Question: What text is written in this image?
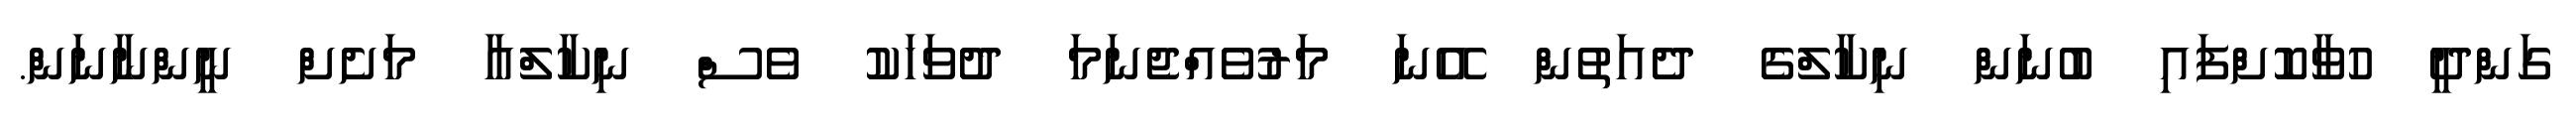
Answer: ގަންދީ ހުވާކޮށްފައި ބުނަން ނިކާލްގެ ދެއަތުން އޭނަ މަރުވެއްޖެނަމަ ދުވަހަކު ވެސް ނިކާލްއާ މަށެށް ނީންނާނަން.